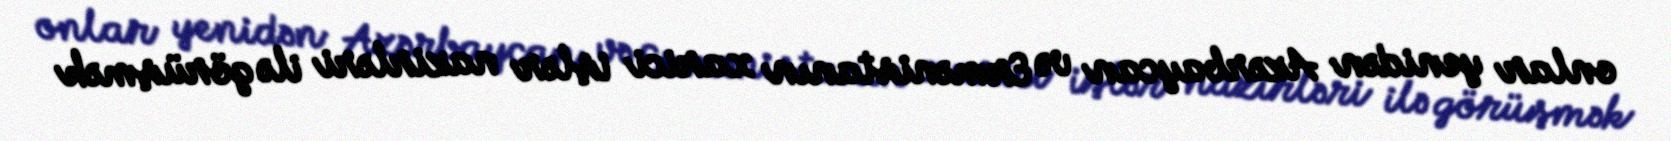
onlar yenidən Azərbaycan və Ermənistanın xarici işlər nazirləri ilə görüşmək